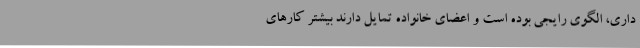
‌داری، الگوی رایجی بوده است و اعضای خانواده تمایل دارند بیشتر کارهای